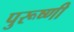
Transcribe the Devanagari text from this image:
पुरूष्णी